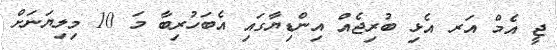
ޖީ އެމް އަރ އެޅި ބުރިޖެއް އިންޑިޔާގައި އެބަހުރިބާ މަ 10 މިލިޔަނަށް